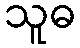
သူဓ